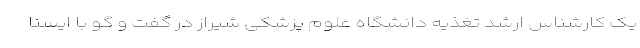
یک کارشناس ارشد تغذیه دانشگاه علوم پزشکی شیراز در گفت و گو با ایسنا